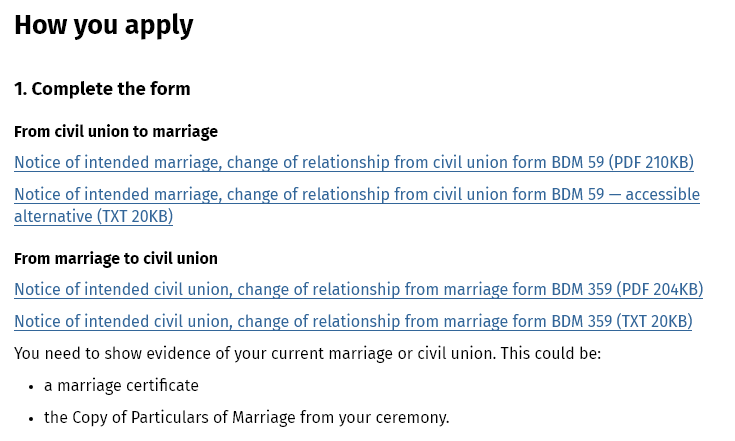
How    you   apply
  1. Complete the form
  You need to show evidence of your current marriage or civil union. This could be:
  From civil union to marriage
  From marriage to civil union
    + a marriage certificate
    +
     the Copy of Particulars of Marriage from your ceremony.
  Notice of intended marriage, change of relationship from civil union form BDM 59 (PDF 210KB)

  Notice of intended marriage, change of relationship from civil union form BDM 59
     —
     accessible
  alternative (TXT 20KB)
  Notice of intended civil union, change of relationship from marriage form BDM 359 (PDF 204KB)

  Notice of intended civil union, change of relationship from marriage form BDM 359 (TXT 20KB)